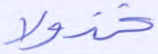
خذولا